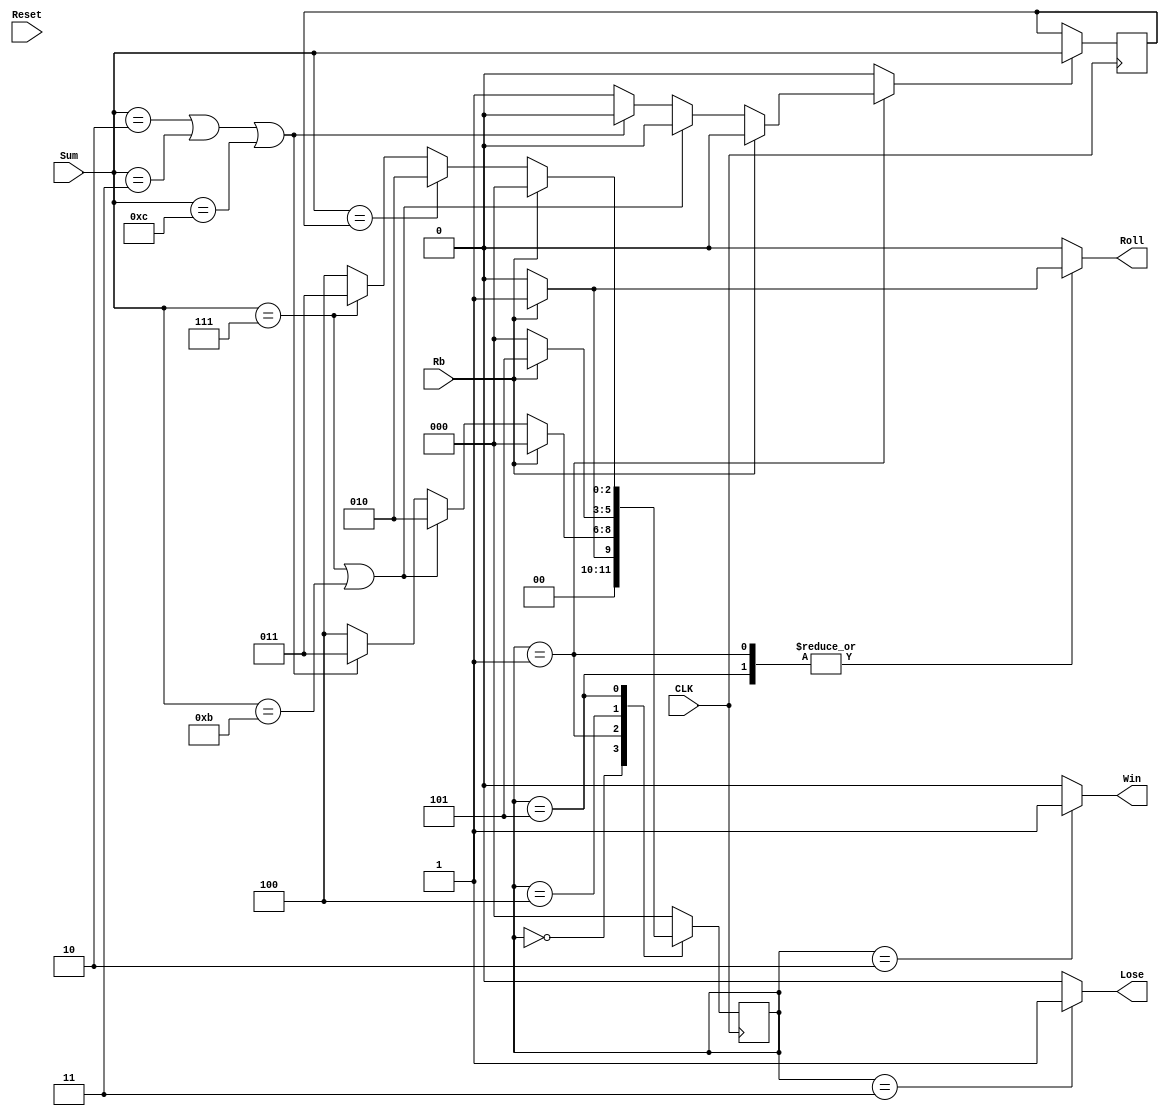
module DiceGame (Rb, Reset, CLK, Sum, Roll, Win, Lose);
 input Rb; 
 input Reset; 
 input CLK; 
 input[3:0] Sum; 
 output Roll; 
 output Win; 
 output Lose; 
 reg Roll;
 reg Win;
 reg Lose;
 
 reg[2:0] State; 
 reg[2:0] Nextstate; 
 reg[3:0] Point; 
 reg Sp; 
 initial
 begin
 State = 0;
 Nextstate =0;
 Point = 2;
 end
 always @(Rb or Reset or Sum or State)
 begin
 Sp =  1'b0; 
 Roll = 1'b0; 
 Win =1'b0; 
 Lose =1'b0; 
 Nextstate =0;
 case (State)
 0 :
 begin
 if (Rb == 1'b1) begin
 Nextstate =1; 
 end
 end
 1 :
 begin
 if (Rb==1'b1) begin
 Roll =1'b1; 
 end
else if (Sum ==7 | Sum==11) begin
 Nextstate=2; 
 end
else if (Sum==2 | Sum== 3 | Sum == 12) begin
 Nextstate = 3; 
 end
else begin
 Sp =1'b1; 
 Nextstate=4; 
 end
 end
2 :
 begin
 Win =1'b1; 
 if (Reset == 1'b1) begin
 Nextstate =0; 
 end
 end
 3 :
 begin
 Lose=1'b1; 
 if (Reset ==1'b1) begin
 Nextstate =0; 
 end
 end
 4 :
 begin
 if (Rb == 1'b1) begin
 Nextstate = 5; 
 end
 end
 5 :
 begin
 if (Rb== 1'b1) begin
 Roll= 1'b1; 
 end
else if (Sum==Point) begin
 Nextstate= 2; 
 end
else if (Sum== 7) begin
 Nextstate = 3; 
 end
 else begin
 Nextstate = 4; 
 end
 end
default :
 begin
 Nextstate = 0; 
 
 end
 endcase
 end
 always @(posedge CLK)
 begin
 State <= Nextstate; 
 if (Sp == 1'b1) begin
 Point <= Sum; 
 end 
 end
endmodule
module GameTest (Rb, Reset, Sum, CLK, Roll, Win, Lose);
 output Rb; 
 output Reset; 
 output[3:0] Sum; 
 input CLK; 
 input Roll; 
 input Win; 
 input Lose; 
 reg[3:0] Sum;
 reg Reset;
 reg Rb;
 reg[1:0] Tstate; 
 reg[1:0] Tnext; 
 reg Trig1; 
 integer Sumarray[0:11]; 
 integer i; 
 initial
 begin
 Sumarray[0] = 7;
 Sumarray[1] = 11;
Sumarray[2] = 2;
 Sumarray[3] = 4;
 Sumarray[4] = 7;
 Sumarray[5] = 5;
 Sumarray[6] = 6;
 Sumarray[7] = 7;
 Sumarray[8] = 6;
 Sumarray[9] = 8;
 Sumarray[10] = 9;
 Sumarray[11] = 6;
 i = 0;
 Tstate = 0;
 Tnext = 0;
 Trig1 = 0;
 end
 always @(Roll or Win or Lose or Tstate)
 begin
 case (Tstate)
 0 :
 begin
 Rb = 1'b1; 
 Reset = 1'b0; 
 if (i >= 12) begin
 Tnext = 3; 
 end
else if (Roll == 1'b1) begin
 Sum = Sumarray[i]; 
 i = i + 1; 
 Tnext = 1; 
 end
 end
 1 :
 begin
 Rb = 1'b0; 
 Tnext = 2; 
 end
 2 :
 begin
 Tnext = 0; 
 Trig1 = ~Trig1; 
 if ((Win || Lose) == 1'b1) begin
 Reset = 1'b1; 
 end
 end
 3 :
 begin
end
 endcase
 end
 always @(posedge CLK)
begin
 Tstate <= Tnext; 
 end
endmodule

module tester ();
 wire rb1; 
 wire reset1; 
 reg clk1; 
 wire roll1; 
 wire win1; 
 wire lose1; 
 wire[3:0] sum1; 
 initial
 begin
 clk1 = 0;
 end
 always #20 clk1 <= ~clk1;
 DiceGame Dice (rb1, reset1, clk1, sum1, roll1, win1, lose1); 
 GameTest Dicetest (rb1, reset1, sum1, clk1, roll1, win1, lose1); 
endmodule